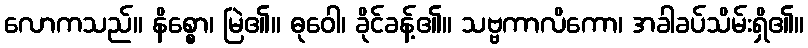
လောကသည်။ နိစ္စော၊ မြဲ၏။ ဓုဝေါ၊ ခိုင်ခန့်၏။ သဗ္ဗကာလိကော၊ အခါခပ်သိမ်းရှိ၏။